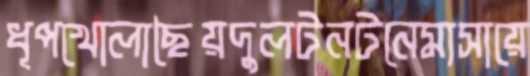
ধূপখোলাছৈয়দুলটনটনেমাসায়ে